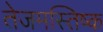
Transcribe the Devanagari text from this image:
तेजमस्तिष्क